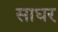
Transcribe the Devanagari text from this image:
साघर